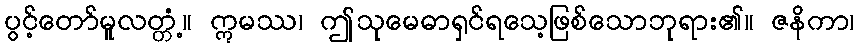
ပွင့်တော်မူလတ္တံ့။ ဣမဿ၊ ဤသုမေဓာရှင်ရသေ့ဖြစ်သောဘုရား၏။ ဇနိကာ၊